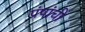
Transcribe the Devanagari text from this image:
पंपांची